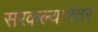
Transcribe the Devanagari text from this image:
सरकल्यानंतर